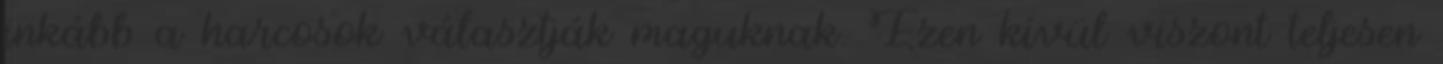
inkább a harcosok választják maguknak. Ezen kívül viszont teljesen